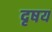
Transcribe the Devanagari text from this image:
दृषय